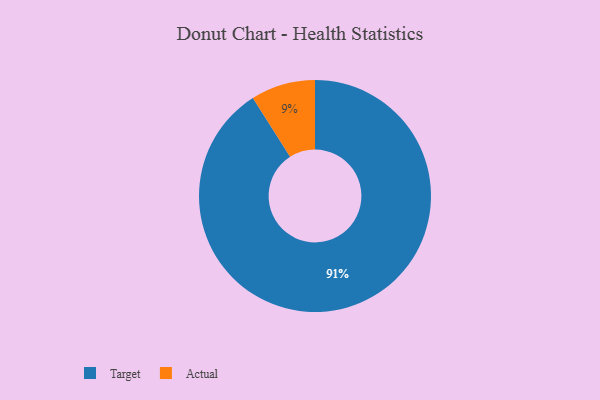
{"axis": {"x": "Category", "y": "Percentage"}, "legend": ["Actual", "Target"], "data": [{"x": "Target", "y": 91, "type": "Target"}, {"x": "Actual", "y": 9, "type": "Actual"}]}